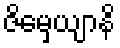
ဇိမှေယျာနိ